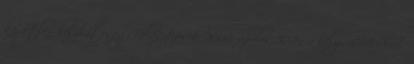
közvetlen helyhatósági választások 2000. április 30-án a helyi RMDSZ